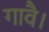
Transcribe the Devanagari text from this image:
गावै।